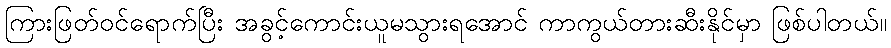
ကြားဖြတ်ဝင်ရောက်ပြီး အခွင့်ကောင်းယူမသွားရအောင် ကာကွယ်တားဆီးနိုင်မှာ ဖြစ်ပါတယ်။